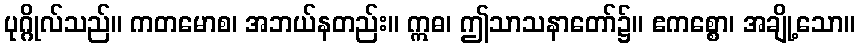
ပုဂ္ဂိုလ်သည်။ ကတမောစ၊ အဘယ်နတည်း။ ဣဓ၊ ဤသာသနာတော်၌။ ဧကစ္စော၊ အချို့သော။